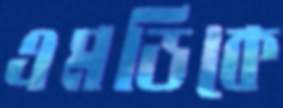
এমডিকে